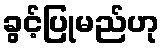
ခွင့်ပြုမည်ဟု